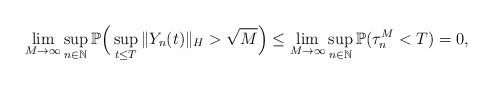
LaTeX: \begin{align*}\lim_{M\rightarrow\infty} \sup_{n\in\mathbb{N}}\mathbb{P}\Big(\sup_{t\leq T}\Vert Y_n(t)\Vert_H >\sqrt{M}\Big) \leq \lim_{M\rightarrow\infty} \sup_{n\in\mathbb{N}}\mathbb{P}(\tau_{n}^M <T) =0 ,\end{align*}